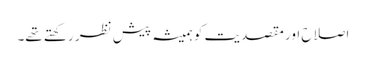
اصلاح اور مقصدیت کو ہمیشہ پیش نظر رکھتے تھے۔